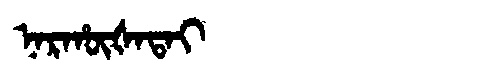
Manchu: ᠨᠠᡵᡥᡡᡧᠠᡨᠠᡳ
Romanization: NARHŪŠATAI